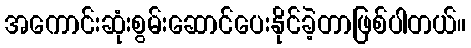
အကောင်းဆုံးစွမ်းဆောင်ပေးနိုင်ခဲ့တာဖြစ်ပါတယ်။